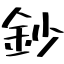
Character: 鈔